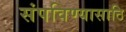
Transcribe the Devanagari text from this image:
संपविण्यासाठि